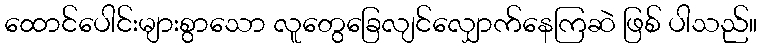
ထောင်ပေါင်းများစွာသော လူတွေခြေလျင်လျှောက်နေကြဆဲ ဖြစ် ပါသည်။